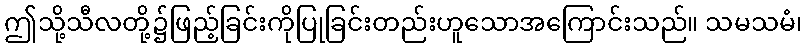
ဤသို့သီလတို့၌ဖြည့်ခြင်းကိုပြုခြင်းတည်းဟူသောအကြောင်းသည်။ သမသမံ၊